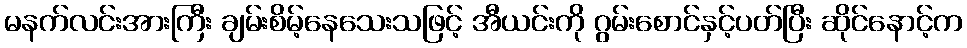
မနက်လင်းအားကြီး ချမ်းစိမ့်နေသေးသဖြင့် အီယင်းကို ဂွမ်းစောင်နှင့်ပတ်ပြီး ဆိုင်နောင့်က